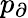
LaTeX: p_{\partial}